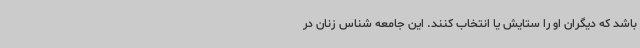
باشد که دیگران او را ستایش یا انتخاب کنند. این جامعه شناس زنان در